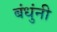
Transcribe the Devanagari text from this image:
बंधुंनी